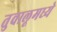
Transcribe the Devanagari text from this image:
तुवालूमध्ये